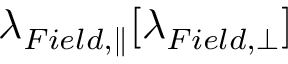
\lambda _ { F i e l d , \parallel } [ \lambda _ { F i e l d , \perp } ]